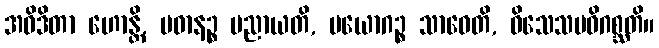
အဝိဒိတာ ဟောန္တိ, ပဓာနဉ္စ ပညာယတိ, ပယောဂဉ္စ သာဓေတိ, ဝိသေသမဓိဂစ္ဆတိ။